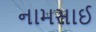
નામસાઈ